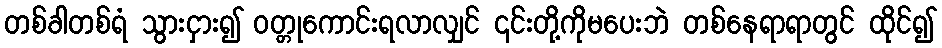
တစ်ခါတစ်ရံ သွားငှား၍ ဝတ္တုကောင်းရလာလျှင် ၎င်းတို့ကိုမပေးဘဲ တစ်နေရာရာတွင် ထိုင်၍